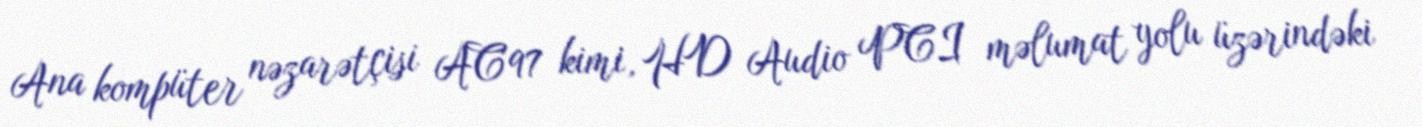
Ana kompüter nəzarətçisi AC'97 kimi, HD Audio PCI məlumat yolu üzərindəki